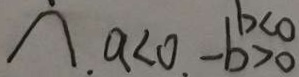
\cap . a < 0 . - b > 0